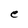
Character: e